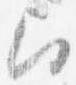
召